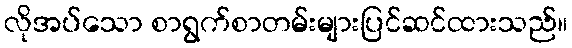
လိုအပ်သော စာရွက်စာတမ်းများပြင်ဆင်ထားသည်။